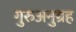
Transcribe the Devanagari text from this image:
गुरुअनुग्रह